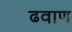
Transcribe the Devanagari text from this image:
ढवाण